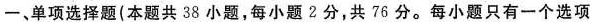
一、单项选择题（本题共38小题，每小题2分，共76分。每小题只有一个选项